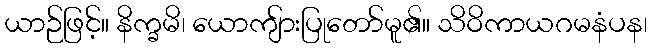
ယာဉ်ဖြင့်။ နိက္ခမိ၊ ယောကျ်ားပြုတော်မူ၏။ သိဝိကာယဂမနံပန၊